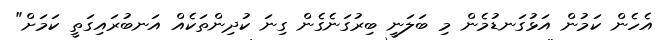
އެހެން ކަމުން އަޅުގަނޑުމެން މި ބަލަނީ ބިރުގަނެގެން ގިނަ ކުދިންތަކެއް އަނބުރައިގަތީ ކަމަށް"